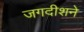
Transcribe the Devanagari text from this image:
जगदीशने